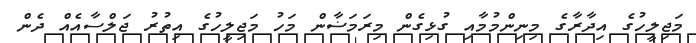
މަޖިލީހުގެ އިދާރާގެ މިނިންމުމާއި ގުޅިގެން މިރަމަޟާން މަހު މަޖިލީހުގެ އިތުރު ޖަލްސާއެއް ދެން